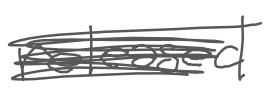
Text: released
Cross-out: scratch
Writing tool: digital_gray